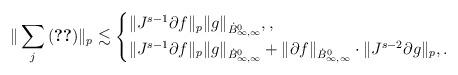
LaTeX: \begin{align*} \| \sum_j \eqref{921_e1a} \|_p \lesssim \begin{cases} \| J^{s-1} \partial f \|_p \| g\|_{\dot B^0_{\infty,\infty}}, , \\ \| J^{s-1} \partial f \|_p \| g \|_{\dot B^0_{\infty,\infty}} + \| \partial f \|_{\dot B^0_{\infty,\infty}} \cdot \| J^{s-2} \partial g \|_p, . \end{cases} \end{align*}